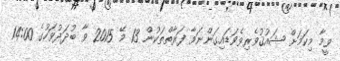
ވީމާ މިކަމަށް ޝައުޤުވެރިވެވަޑައިގަންނަވާ ފަރާތްތަކުން 13 މޭ 2015 ވާ ބުދަދުވަހުގެ 14:00